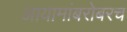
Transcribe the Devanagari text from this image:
आयामांबरोबरच